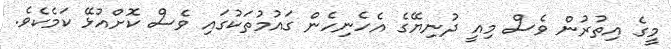
މީގެ އިތުރުން ވެސް މިއީ ދުނިޔޭގެ އެހެނިހެން ގައުމުތަކުގައި ވެސް ކޮށްއުޅޭ ކަމެކެވެ.